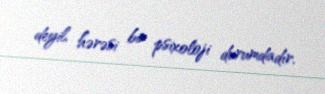
deyil, hərəsi bir psixoloji durumdadır.